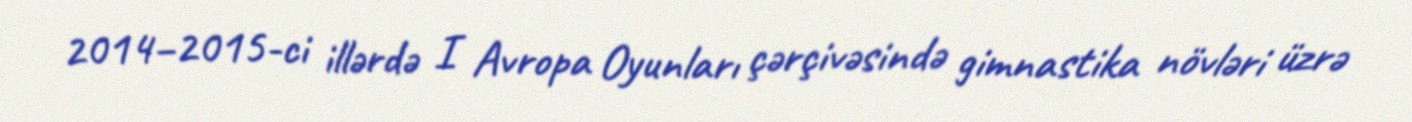
2014–2015-ci illərdə I Avropa Oyunları çərçivəsində gimnastika növləri üzrə